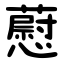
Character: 藯